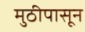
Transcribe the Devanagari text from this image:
मुठीपासून